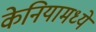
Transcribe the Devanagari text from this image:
केनियामध्ये